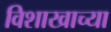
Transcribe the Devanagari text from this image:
विशाखाच्या